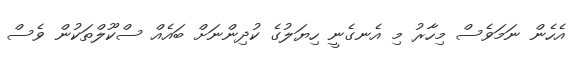
އެހެން ނަމަވެސް މިހާރު މި އެނގެނީ ހިޔަލުގެ ކުދިންނަށް ބައެއް ސްކޫލްތަކުން ވެސް